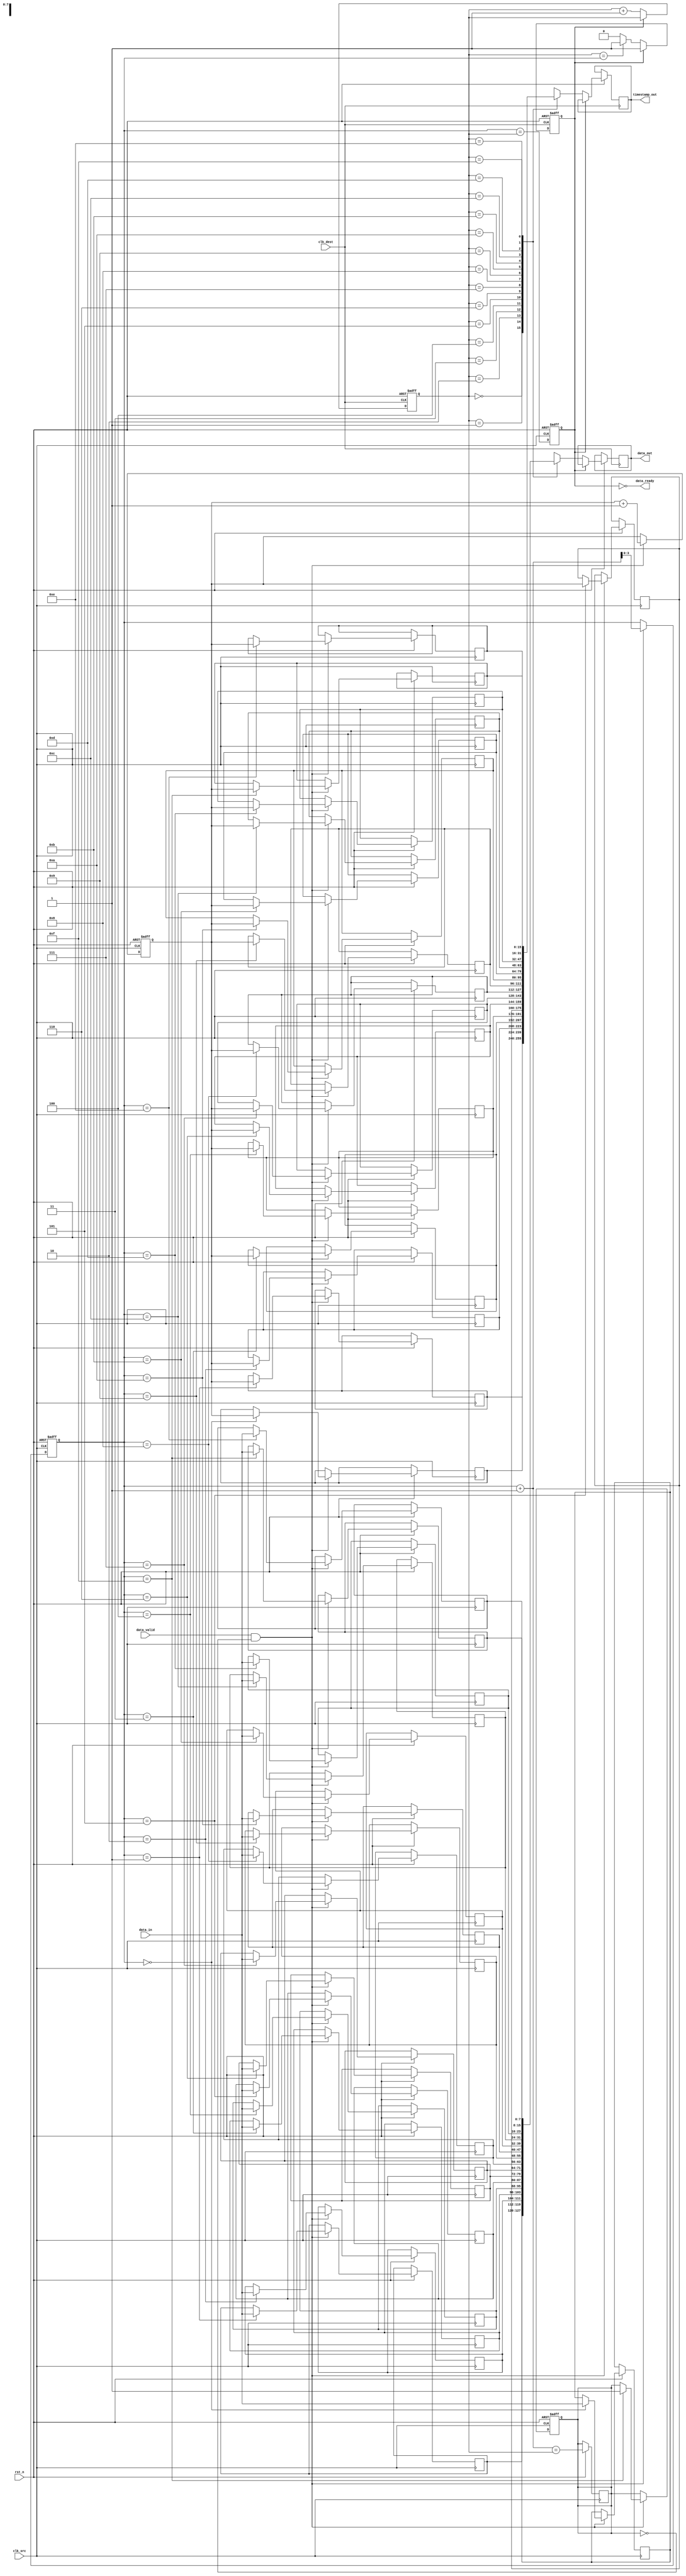
module TimeStampedSynchronizer (
    input wire clk_src,           // Source clock
    input wire clk_dest,          // Destination clock
    input wire rst_n,             // Active low reset
    input wire [DATA_WIDTH-1:0] data_in, // Data input from source memory block
    input wire data_valid,        // Indicates valid data is present
    output wire [DATA_WIDTH-1:0] data_out, // Data output to destination memory block
    output wire [TIMESTAMP_WIDTH-1:0] timestamp_out, // Timestamp output
    output wire data_ready        // Indicates valid data is ready for read
);

parameter DATA_WIDTH = 8;        // Width of the data
parameter TIMESTAMP_WIDTH = 16;   // Width of the timestamp
parameter FIFO_DEPTH = 16;        // Depth of the FIFO

// FIFO buffer
reg [DATA_WIDTH-1:0] fifo_data[FIFO_DEPTH-1:0];
reg [TIMESTAMP_WIDTH-1:0] fifo_timestamp[FIFO_DEPTH-1:0];
reg [$clog2(FIFO_DEPTH)-1:0] write_ptr, read_ptr;
reg fifo_full, fifo_empty;

// Timestamp generator
reg [TIMESTAMP_WIDTH-1:0] timestamp_counter;

// Write logic (clk_src domain)
always @(posedge clk_src or negedge rst_n) begin
    if (!rst_n) begin
        write_ptr <= 0;
        timestamp_counter <= 0;
        fifo_full <= 0;
    end else if (data_valid && !fifo_full) begin
        fifo_data[write_ptr] <= data_in;
        fifo_timestamp[write_ptr] <= timestamp_counter;
        write_ptr <= write_ptr + 1;
        if (write_ptr == FIFO_DEPTH - 1) begin
            fifo_full <= 1;
        end
        timestamp_counter <= timestamp_counter + 1;
    end
end

// Read logic (clk_dest domain)
always @(posedge clk_dest or negedge rst_n) begin
    if (!rst_n) begin
        read_ptr <= 0;
        fifo_empty <= 1;
    end else if (!fifo_empty) begin
        data_out <= fifo_data[read_ptr];
        timestamp_out <= fifo_timestamp[read_ptr];
        read_ptr <= read_ptr + 1;
        
        if (read_ptr == write_ptr) begin
            fifo_empty <= 1;
        end
    end
end

// FIFO management
always @(posedge clk_src or negedge rst_n) begin
    if (!rst_n) begin
        fifo_empty <= 1;
    end else begin
        fifo_empty <= (write_ptr == read_ptr);
        fifo_full <= (write_ptr + 1 == read_ptr);
    end
end

assign data_ready = !fifo_empty;

endmodule